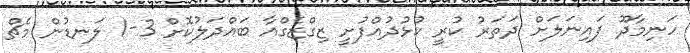
ހަނިމާދޫ ފައިނަލަށް ދަތަރު ކުރީ ކުޅުދުއްފުށީ ޒިގްޒެގްއާ ބައްދަލުކޮށް 3-1 ލަނޑުން މެޗް